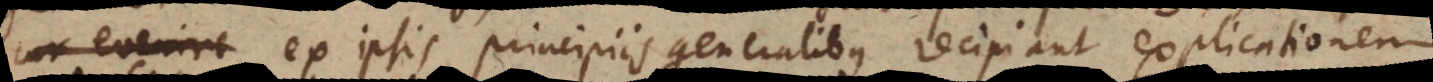
evenire ex ipsis principiis generalibus recipiant explicationem.